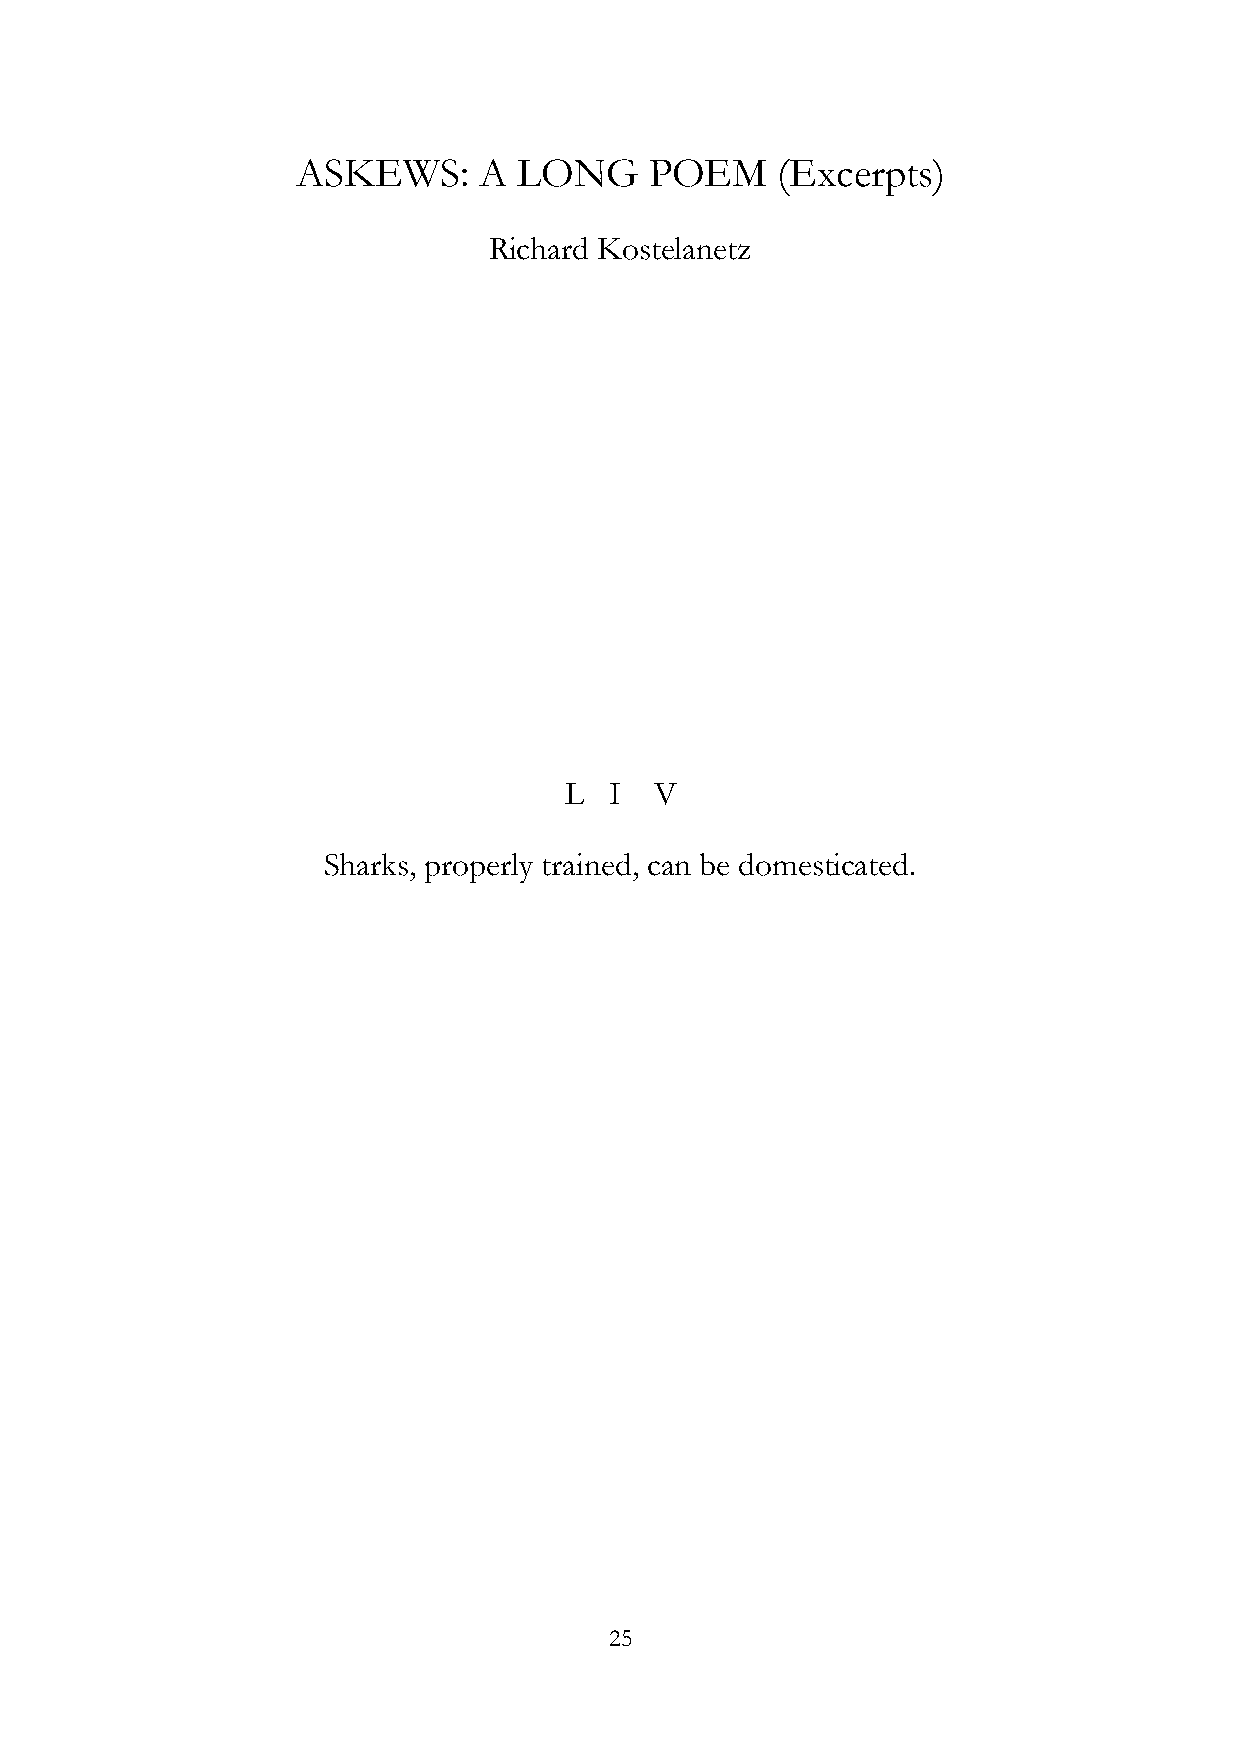
ASKEWS:     A LONG     POEM    (Excerpts)
 Richard Kostelanetz
 L  I  V
 Sharks, properly trained, can be domesticated.
 25